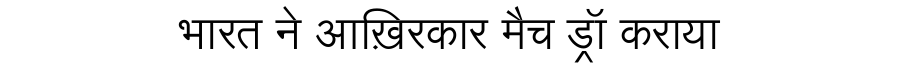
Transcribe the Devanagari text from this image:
भारत ने आख़िरकार मैच ड्रॉ कराया